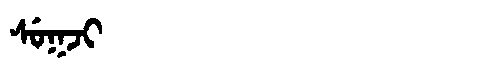
Manchu: ᠰᡠᡴᠵᡳ
Romanization: SUKJI